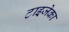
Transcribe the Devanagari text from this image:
टाइजेका